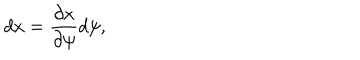
d x = { \frac { \partial x } { \partial \psi } } d \psi ,